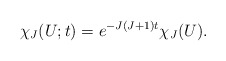
\begin{align*}\chi _{J}(U;t) = e^{-J(J+1)t} \chi _J(U).\end{align*}